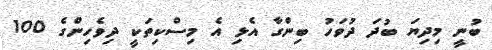
ބުނީ މިދިޔަ ބުދަ ދުވަހު ބިންގާ އެޅި އެ މިސްކިތަކީ ދިވެހިންގެ 100